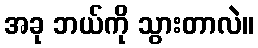
အခု ဘယ်ကို သွားတာလဲ။